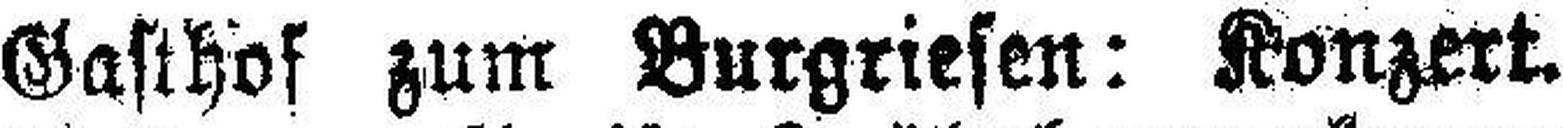
Gasthof zum Burgriesen: Konzert.